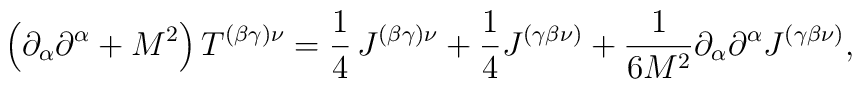
\left(  \partial_{\alpha}\partial^{\alpha}+M^{2}\right)T^{(\beta\gamma)\nu}=\frac{1}{4}\,J^{(\beta\gamma)\nu}+\frac{1}{4}J^{(\gamma\beta\nu)}+\frac{1}{6M^{2}}\partial_{\alpha}\partial^{\alpha}J^{\left(\gamma\beta\nu\right) },